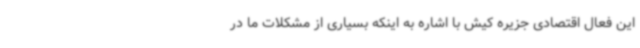
این فعال اقتصادی جزیره کیش با اشاره به اینکه بسیاری از مشکلات ما در